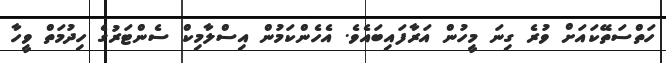
ހަތްސަތޭކައަށް ވުރެ ގިނަ މީހުން އަރާފައިބައެވެ. އެހެންކަމުން އިސްލާމިކް ސެންޓަރުގެ ހިދުމަތް ވީހާ